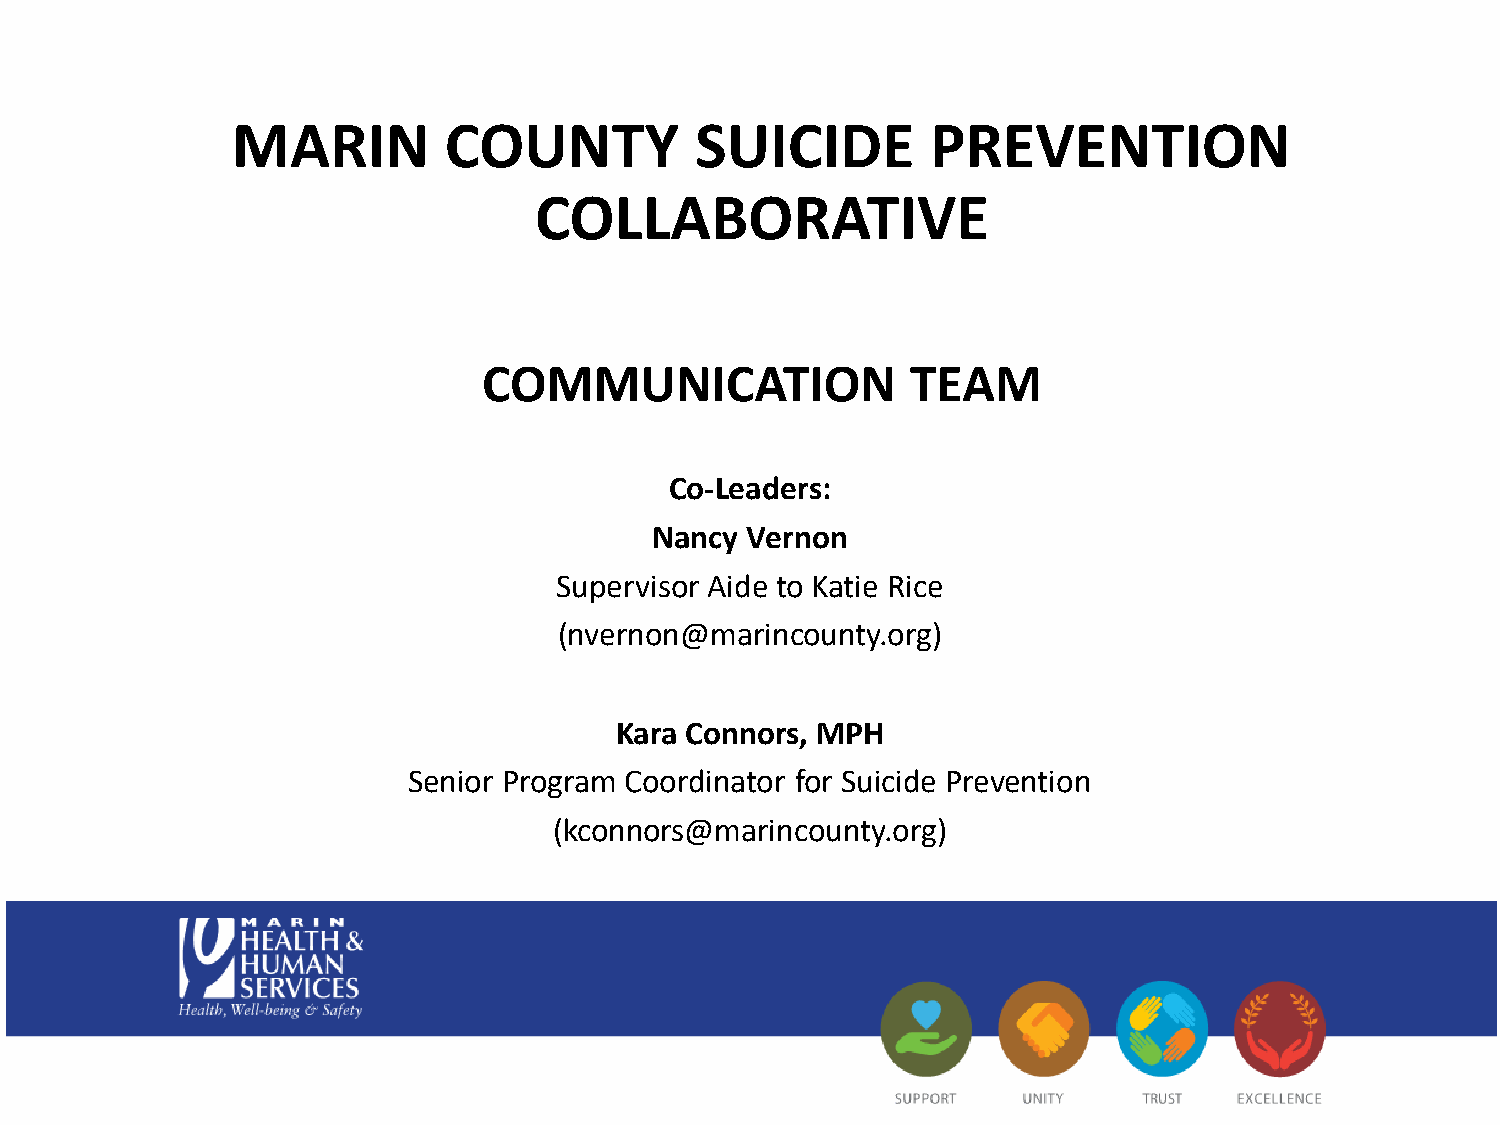
MARIN         COUNTY           SUICIDE         PREVENTION
 COLLABORATIVE
 COMMUNICATION               TEAM
 Co-Leaders:
 Nancy Vernon
 Supervisor Aide to Katie Rice
 (nvernon@marincounty.org)
 Kara Connors, MPH
 Senior Program Coordinator for Suicide Prevention
 (kconnors@marincounty.org)